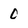
Character: 0